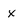
Character: x